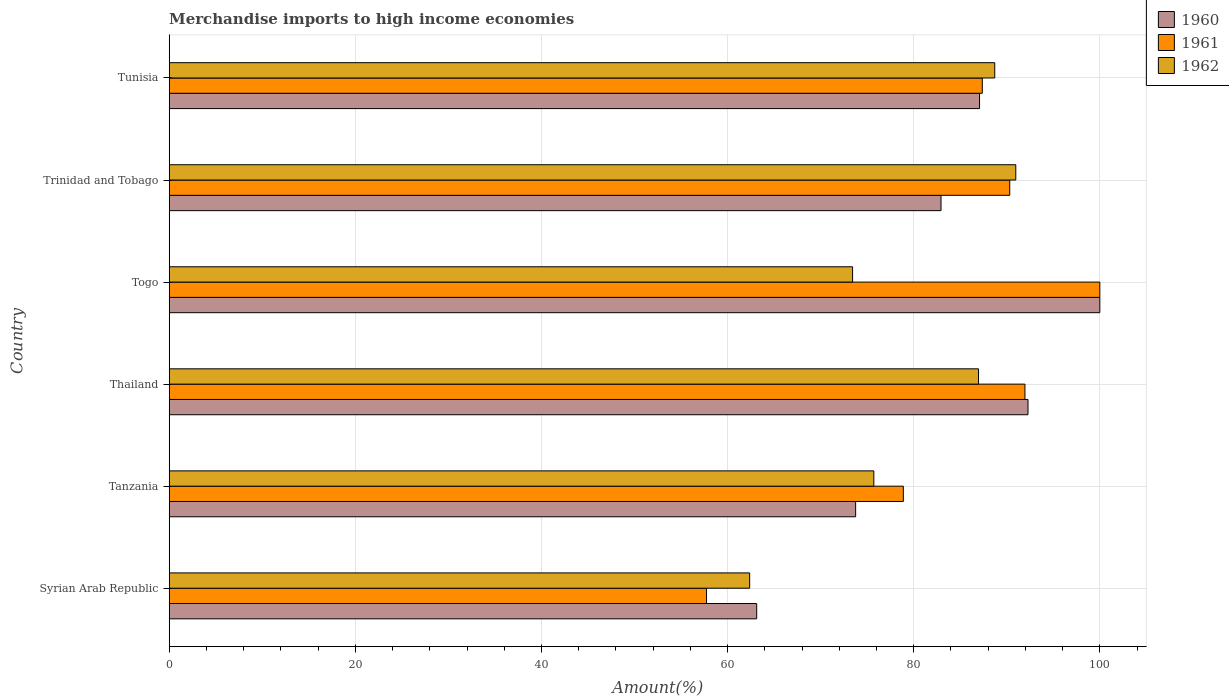
| Country | 1960 | 1961 | 1962 |
 | --- | --- | --- | --- |
 | Syrian Arab Republic | 63.1 | 57.7 | 62.4 |
 | Tanzania | 73.8 | 78.9 | 75.7 |
 | Thailand | 92.3 | 92 | 87 |
 | Togo | 100 | 100 | 73.4 |
 | Trinidad and Tobago | 82.9 | 90.3 | 91 |
 | Tunisia | 87.1 | 87.4 | 88.7 |